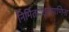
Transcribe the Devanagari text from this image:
निर्मिताःशूलपाणिना